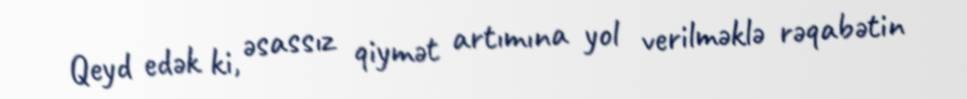
Qeyd edək ki, əsassız qiymət artımına yol verilməklə rəqabətin